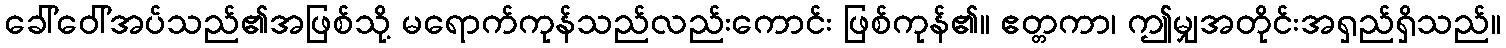
ခေါ်ဝေါ်အပ်သည်၏အဖြစ်သို့ မရောက်ကုန်သည်လည်းကောင်း ဖြစ်ကုန်၏။ ဧတ္တကာ၊ ဤမျှအတိုင်းအရှည်ရှိသည်။